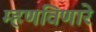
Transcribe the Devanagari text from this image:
म्हणविणारे